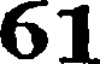
61